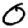
Digit: 0